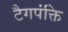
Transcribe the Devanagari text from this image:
टैगपंक्ति